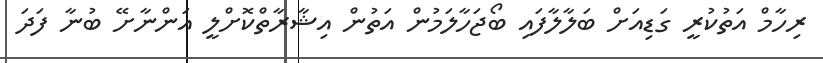
ރިހާމް އަތުކުރީ ގަޑިއަށް ބަލާލާފައި ބޯޖަހާލަމުން އަތުން އިޝާރާތްކޮށްލީ އަންނާށޭ ބުނާ ފަދަ